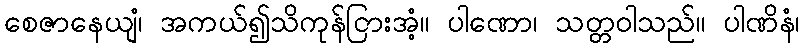
စေဇာနေယျံ၊ အကယ်၍သိကုန်ငြားအံ့။ ပါဏော၊ သတ္တဝါသည်။ ပါဏိနံ၊